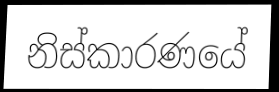
නිස්කාරණයේ